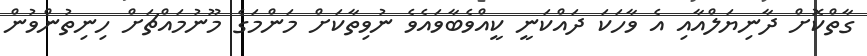
ގާތްކޮށް ދާނިޔަލްއާއި އެ ވާހަކަ ދައްކަނީ ކީއްވެބާވައެވެ ނުވިތާކަށް މަންމަގެ މޫނުމައްޗަށް ހިނިތުންވުން